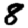
Digit: 8